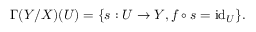
\Gamma ( Y / X ) ( U ) = \{ s : U \to Y , f \circ s = \operatorname { i d } _ { U } \} .